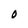
Character: O